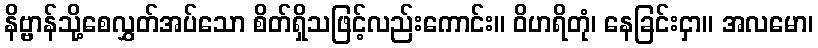
နိဗ္ဗာန်သို့စေလွှတ်အပ်သော စိတ်ရှိသဖြင့်လည်းကောင်း။ ဝိဟရိတုံ၊ နေခြင်းငှာ။ အလမော၊